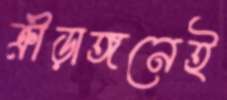
ক্রীড়াঙ্গনেই